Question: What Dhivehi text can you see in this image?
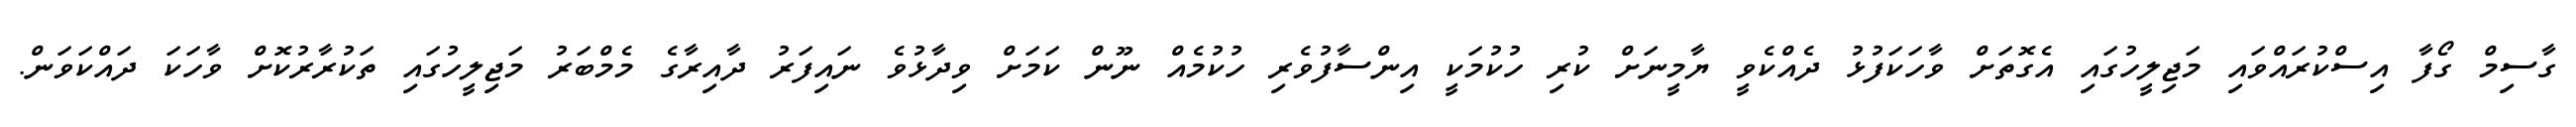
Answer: ގާސިމް ގޯފާ އިސްކުރައްވައި މަޖިލީހުގައި އެގޮތަށް ވާހަކަފުޅު ދެއްކެވީ ޔާމީނަށް ކުރި ހުކުމަކީ އިންސާފުވެރި ހުކުމެއް ނޫން ކަމަށް ވިދާޅުވެ ނައިފަރު ދާއިރާގެ މެމްބަރު މަޖިލީހުގައި ތަކުރާރުކޮށް ވާހަކަ ދައްކަވަން.